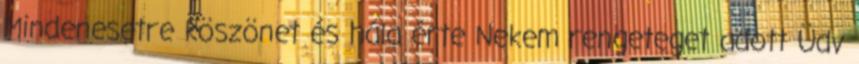
Mindenesetre köszönet és hála érte Nekem rengeteget adott Üdv